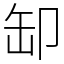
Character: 缷